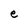
Character: e